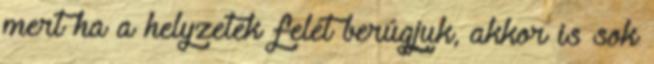
mert ha a helyzetek felét berúgjuk, akkor is sok